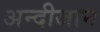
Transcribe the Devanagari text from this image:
अन्दीजान